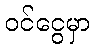
ဝင်ငွေမှာ